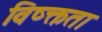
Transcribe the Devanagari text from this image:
विष्क्तता